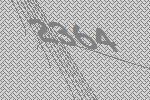
2364